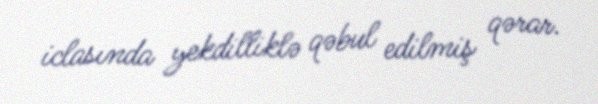
iclasında yekdilliklə qəbul edilmiş qərar.